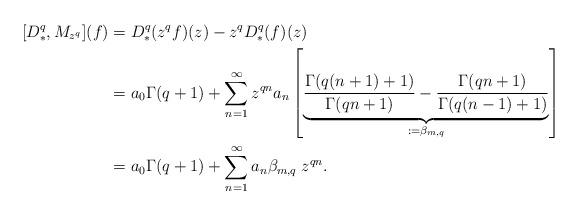
LaTeX: \begin{align*}[D_*^q,M_{z^q}](f)&=D^q_*(z^qf)(z)-z^qD_*^q(f)(z)\\&=a_0\Gamma(q+1)+\sum_{n=1}^{\infty}z^{qn}a_n\left[ \underbrace{\frac{\Gamma(q(n+1)+1)}{\Gamma(qn+1)}-\frac{\Gamma(qn+1)}{\Gamma(q(n-1)+1)}}_{:=\beta_{m,q}}\right]\\&=a_0\Gamma(q+1)+\sum_{n=1}^{\infty}a_n\beta_{m,q}\;z^{qn}.\end{align*}